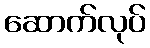
ဆောက်လုပ်